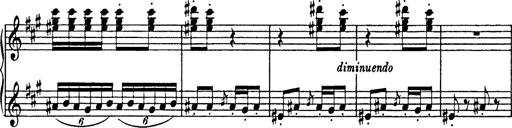
Title: Mephisto Polka
Composer: Franz Liszt